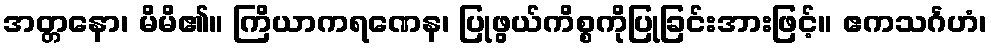
အတ္တနော၊ မိမိ၏။ ကြိယာကရဏေန၊ ပြုဖွယ်ကိစ္စကိုပြုခြင်းအားဖြင့်။ ဧကသင်္ဂဟံ၊